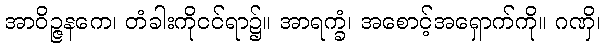
အာဝိဉ္ဇနကေ၊ တံခါးကိုငင်ရာ၌။ အာရက္ခံ၊ အစောင့်အရှောက်ကို။ ဂဏှိ၊